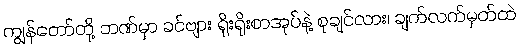
ကျွန်တော်တို့ ဘဏ်မှာ ခင်ဗျား ရိုးရိုးစာအုပ်နဲ့ စုချင်လား၊ ချက်လက်မှတ်ထဲ